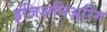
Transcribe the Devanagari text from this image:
इंजिअनिअरिंग